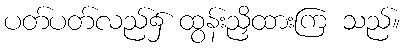
ပတ်ပတ်လည်၌ ထွန်းညှိထားကြ သည်။